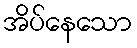
အိပ်နေသော